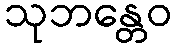
သုဘန္တေဝ